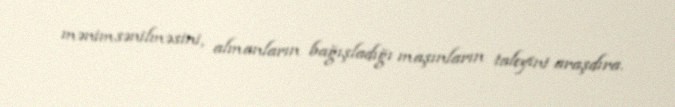
mənimsənilməsini, almanların bağışladığı maşınların taleyini araşdıra.